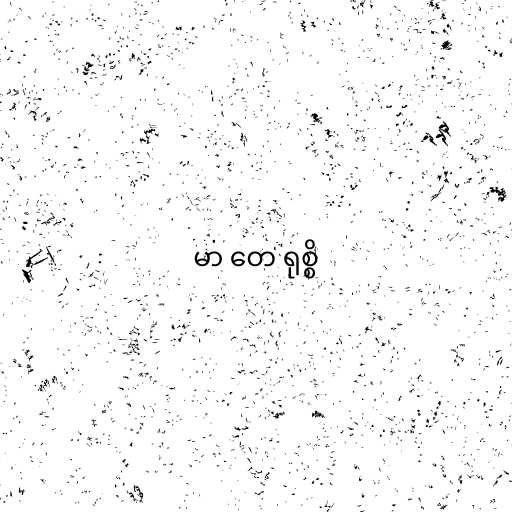
မာ တေ ရုစ္စိ